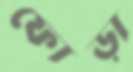
ফোড়া